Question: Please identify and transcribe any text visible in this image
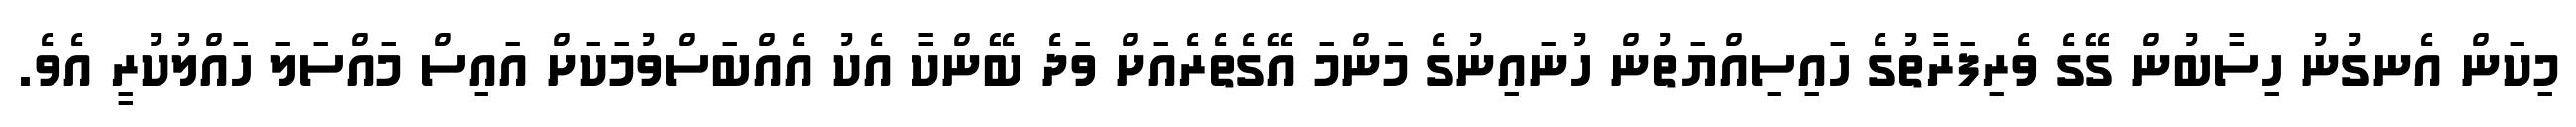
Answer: މިކަން އެނގުނު ހިސާބުން ގޭގެ ވެރިފަރާތުގެ ހައިސިއްޔަތުން ހުނައިނުގެ މަންމަ އޭގެތެރެއަށް ވަދެ ބޭންކާ އެކު އެއްބަސްވުމަކަށް އައިސް މައްސަލަ ހައްލުކުރީ އެވެ.